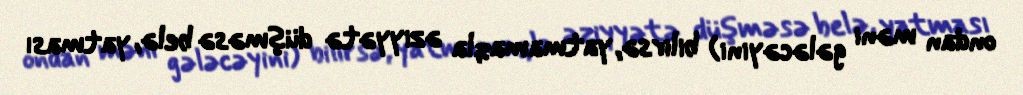
ondan məni gələcəyini) bilirsə, yatmamaqla əziyyətə düşməsə belə, yatması